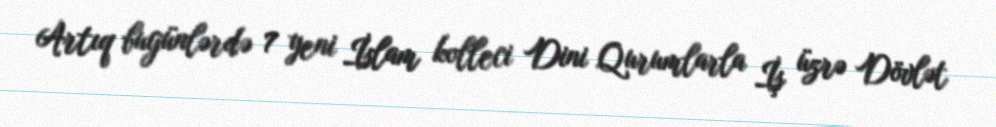
Artıq bugünlərdə 7 yeni İslam kolleci Dini Qurumlarla İş üzrə Dövlət